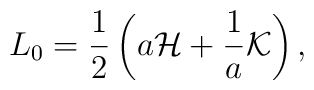
L_0={1\over 2}\left(a{\cal H}+{1\over a}{\cal K}\right),